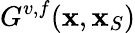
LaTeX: G^{v,f}({\mathbf x},{\mathbf x}_{S})